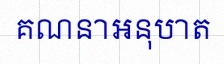
គណនាអនុបាត